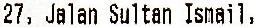
27, JALAN SULTAN ISMAIL,